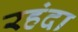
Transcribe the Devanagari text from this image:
रहंदा